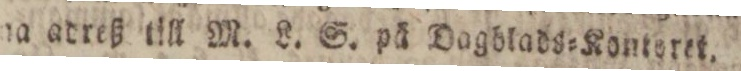
na adreß till M. L. S. på Dagblads=Konteret.